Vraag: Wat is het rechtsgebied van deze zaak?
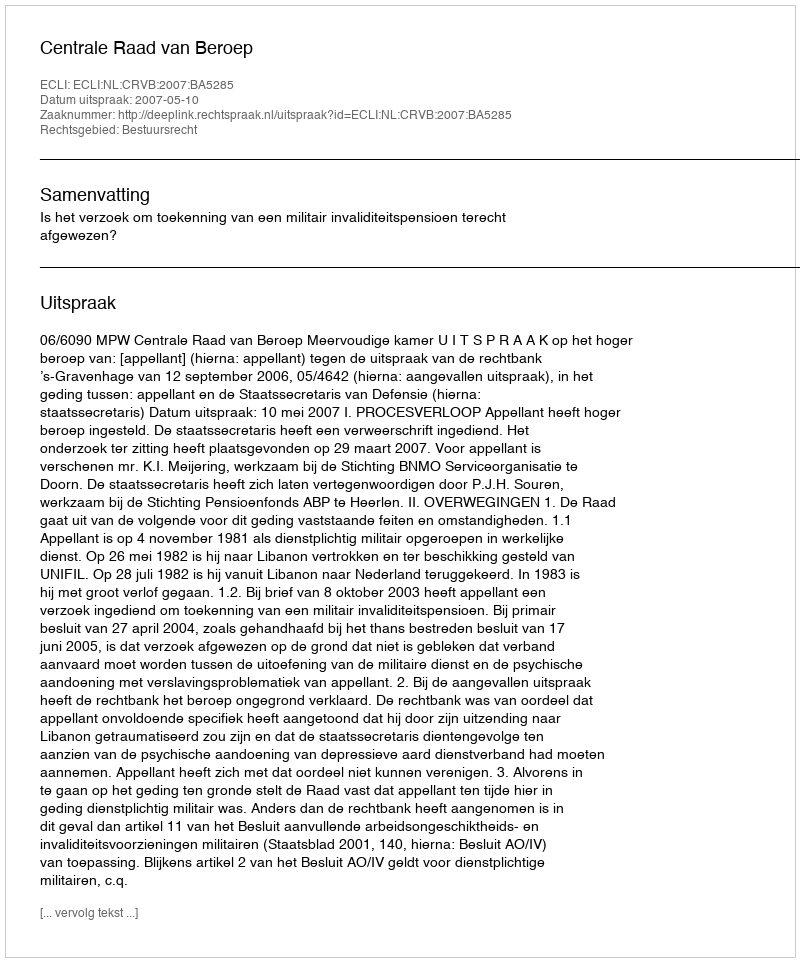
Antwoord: Bestuursrecht